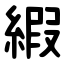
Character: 縀